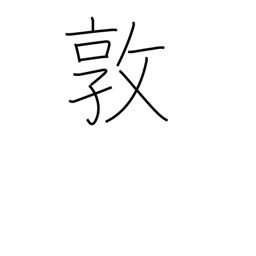
Meaning: industry